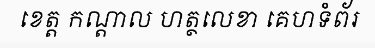
ខេត្ត កណ្តាល ហត្ថលេខា គេហទំព័រ